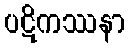
ပဋိကဿနာ